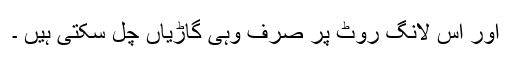
اور اس لانگ روٹ پر صرف وہی گاڑیاں چل سکتی ہیں ۔